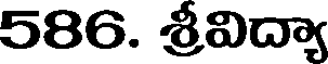
586. శ్రీవిద్యా